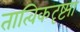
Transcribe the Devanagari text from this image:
तात्विकदृष्ट्या